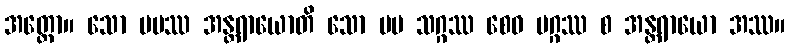
အတ္ထော။ သော မမဿ အန္တရာယောတိ သော မမ သဂ္ဂဿ စေဝ မဂ္ဂဿ စ အန္တရာယော အဿ။